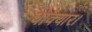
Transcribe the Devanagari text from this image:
चाक्यार।